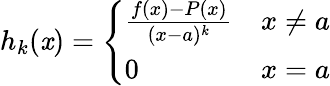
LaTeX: h_{k}(\mathit{x})={\left\{ \begin{array}{ll}{{\frac{f(x)-P(x)}{(x-a)^{k}}}}&{x\not=a}\\ {0}&{x=a}\end{array}\right.}